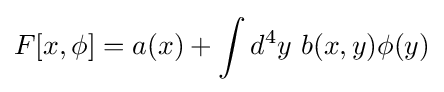
F[x,\phi ]=a(x)+\int d^{4}y\ b(x,y)\phi (y)